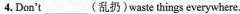
4. Don't ___(乱扔)waste things everywhere.